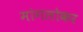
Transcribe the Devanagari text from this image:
मांगलोकर